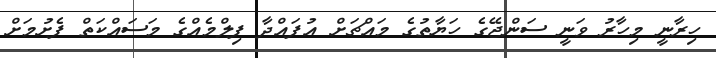
ހިރާނީ މިހާރު ވަނީ ސަންޖޭގެ ހަޔާތުގެ މައްޗަށް އުފައްދާ ފިލްމެއްގެ މަސައްކަތް ފެށުމަށް